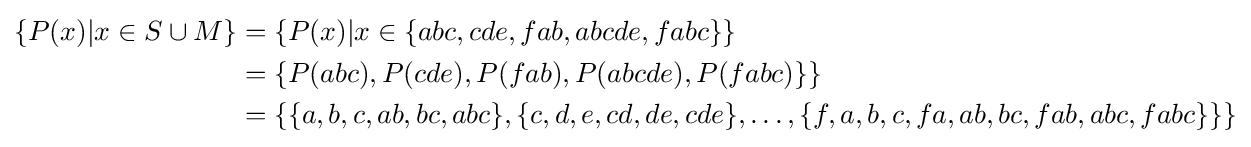
{\begin{aligned}\{P(x)|x\in S\cup M\}&=\{P(x)|x\in \{abc,cde,fab,abcde,fabc\}\}\\&=\{P(abc),P(cde),P(fab),P(abcde),P(fabc)\}\}\\&=\{\{a,b,c,ab,bc,abc\},\{c,d,e,cd,de,cde\},\ldots ,\{f,a,b,c,fa,ab,bc,fab,abc,fabc\}\}\}\\\end{aligned}}